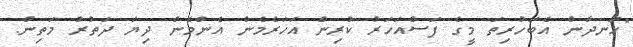
"ހަނދާން އެބަހުރިތަ މީގެ ފަސްއަހަރު ކުރިން އަހަރެމެން އެންމެން ދިޔަ ދަތުރު މަތިން.